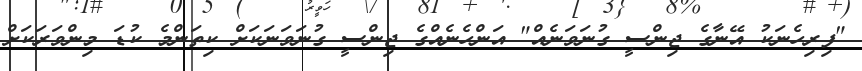
"ފިރިހެނަކު އޭނާގެ ޖިންސީ ގުނަވަނެއް" އަންހެނެއްގެ ޖިންސީ ގުނަވަނަކަށް ކިތަންމެ ކުޑަ މިންވަރަކަށް